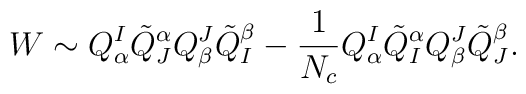
W\sim Q^I_\alpha\tilde{Q}^\alpha_JQ^J_\beta\tilde{Q}^\beta_I-\frac{1}{N_c}Q^I_\alpha\tilde{Q}^\alpha_IQ^J_\beta\tilde{Q}^\beta_J.